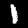
Digit: 1